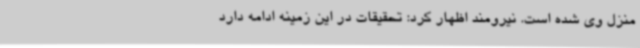
منزل وی شده است. نیرومند اظهار کرد: تحقیقات در این زمینه ادامه دارد